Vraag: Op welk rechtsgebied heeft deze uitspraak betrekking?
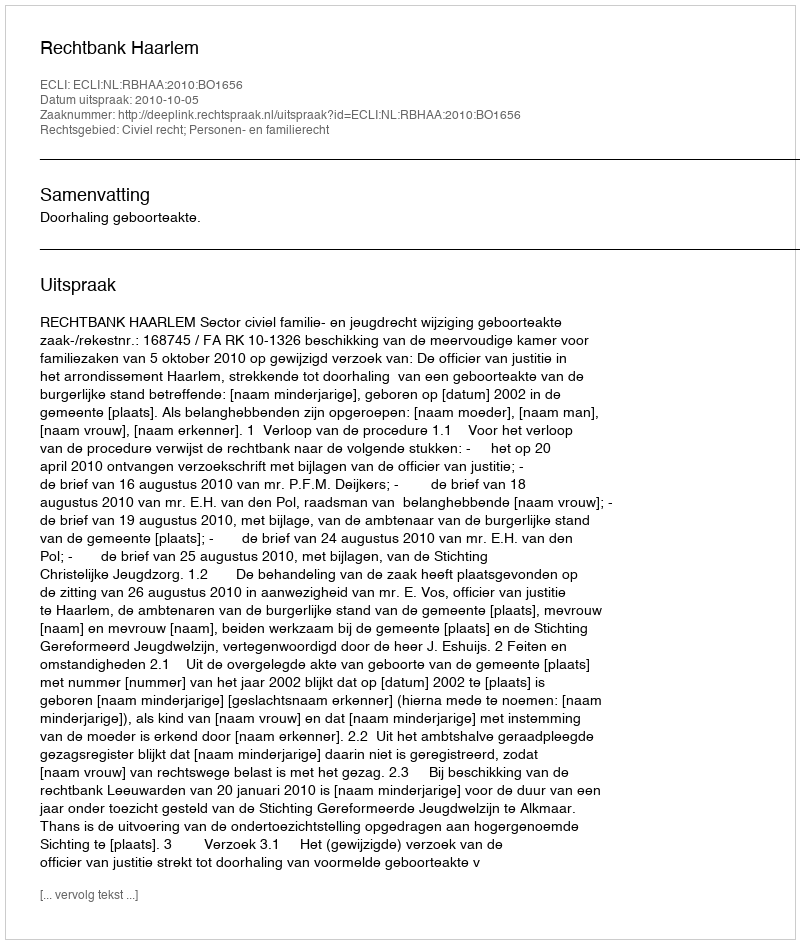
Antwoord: Civiel recht; Personen- en familierecht